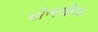
પીળલીલા